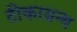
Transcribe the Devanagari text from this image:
टीकाग्रन्थ